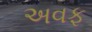
અવફ